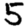
Digit: 5